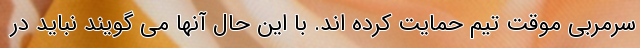
سرمربی موقت تیم حمایت کرده اند. با این حال آنها می گویند نباید در